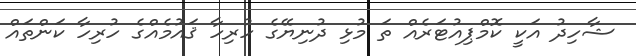
ޝާހިދު އަކީ ކޮމްޕިއުޓަރެއް ތަ މުޅި ދުނިޔޭގެ ހުރިހާ ޤައުމެއްގެ ހުރިހާ ކަންތައް